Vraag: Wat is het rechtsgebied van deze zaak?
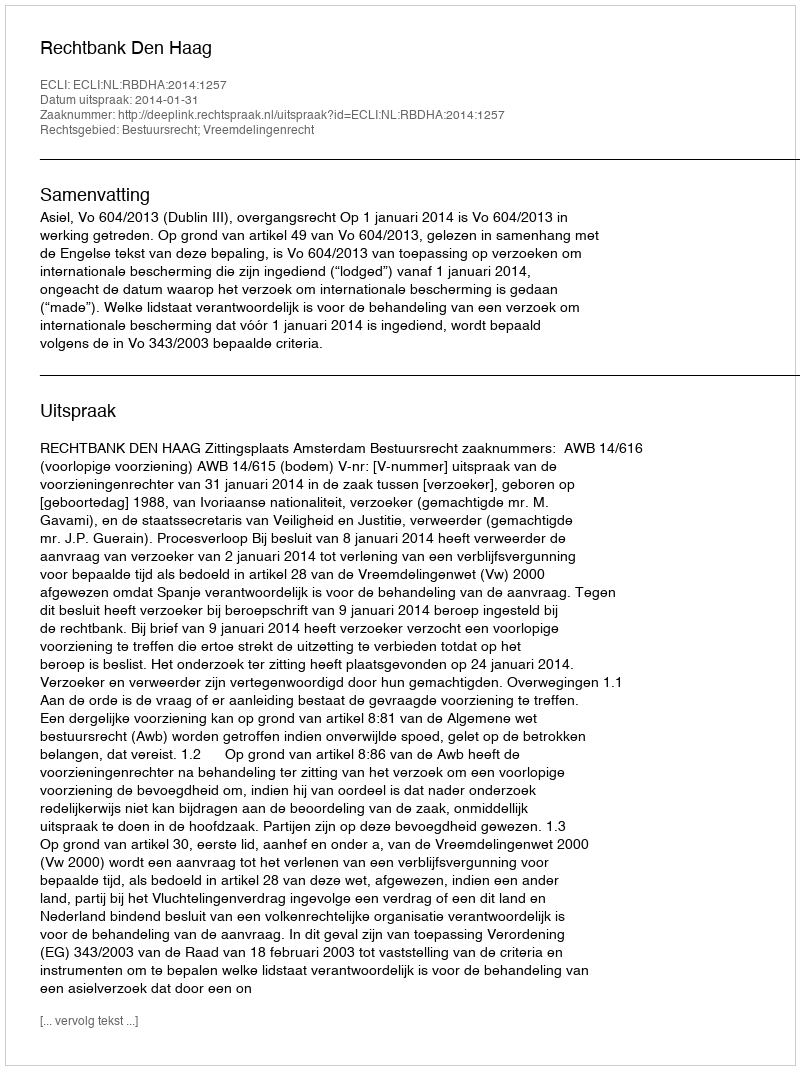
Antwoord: Bestuursrecht; Vreemdelingenrecht